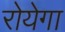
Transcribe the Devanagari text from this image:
रोयेगा